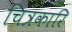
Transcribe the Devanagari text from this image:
चित्रकारि